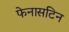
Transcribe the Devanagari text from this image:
फेनासटिन